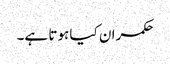
حکمران کیا ہوتا ہے۔